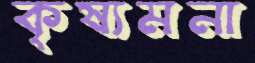
কৃষ্যমনা